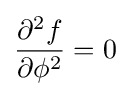
{\frac {\partial ^{2}f}{\partial \phi ^{2}}}=0